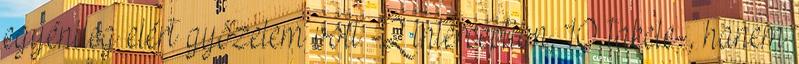
egyénileg elért győzelem volt -2 interception, 10 takcle-, hanem